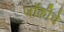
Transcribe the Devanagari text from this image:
जॉकीचे